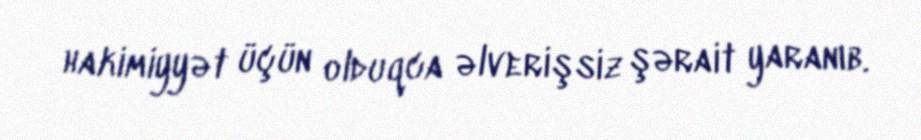
hakimiyyət üçün olduqca əlverişsiz şərait yaranıb.